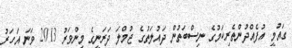
ގައުމީ އުފެއްދުންތެރިކަމުގެ ނިސްބަތުން ދައުލަތުގެ ޖުމްލަ ދަރަނީގެ މިންވަރު 2013 ވަނަ އަހަރު